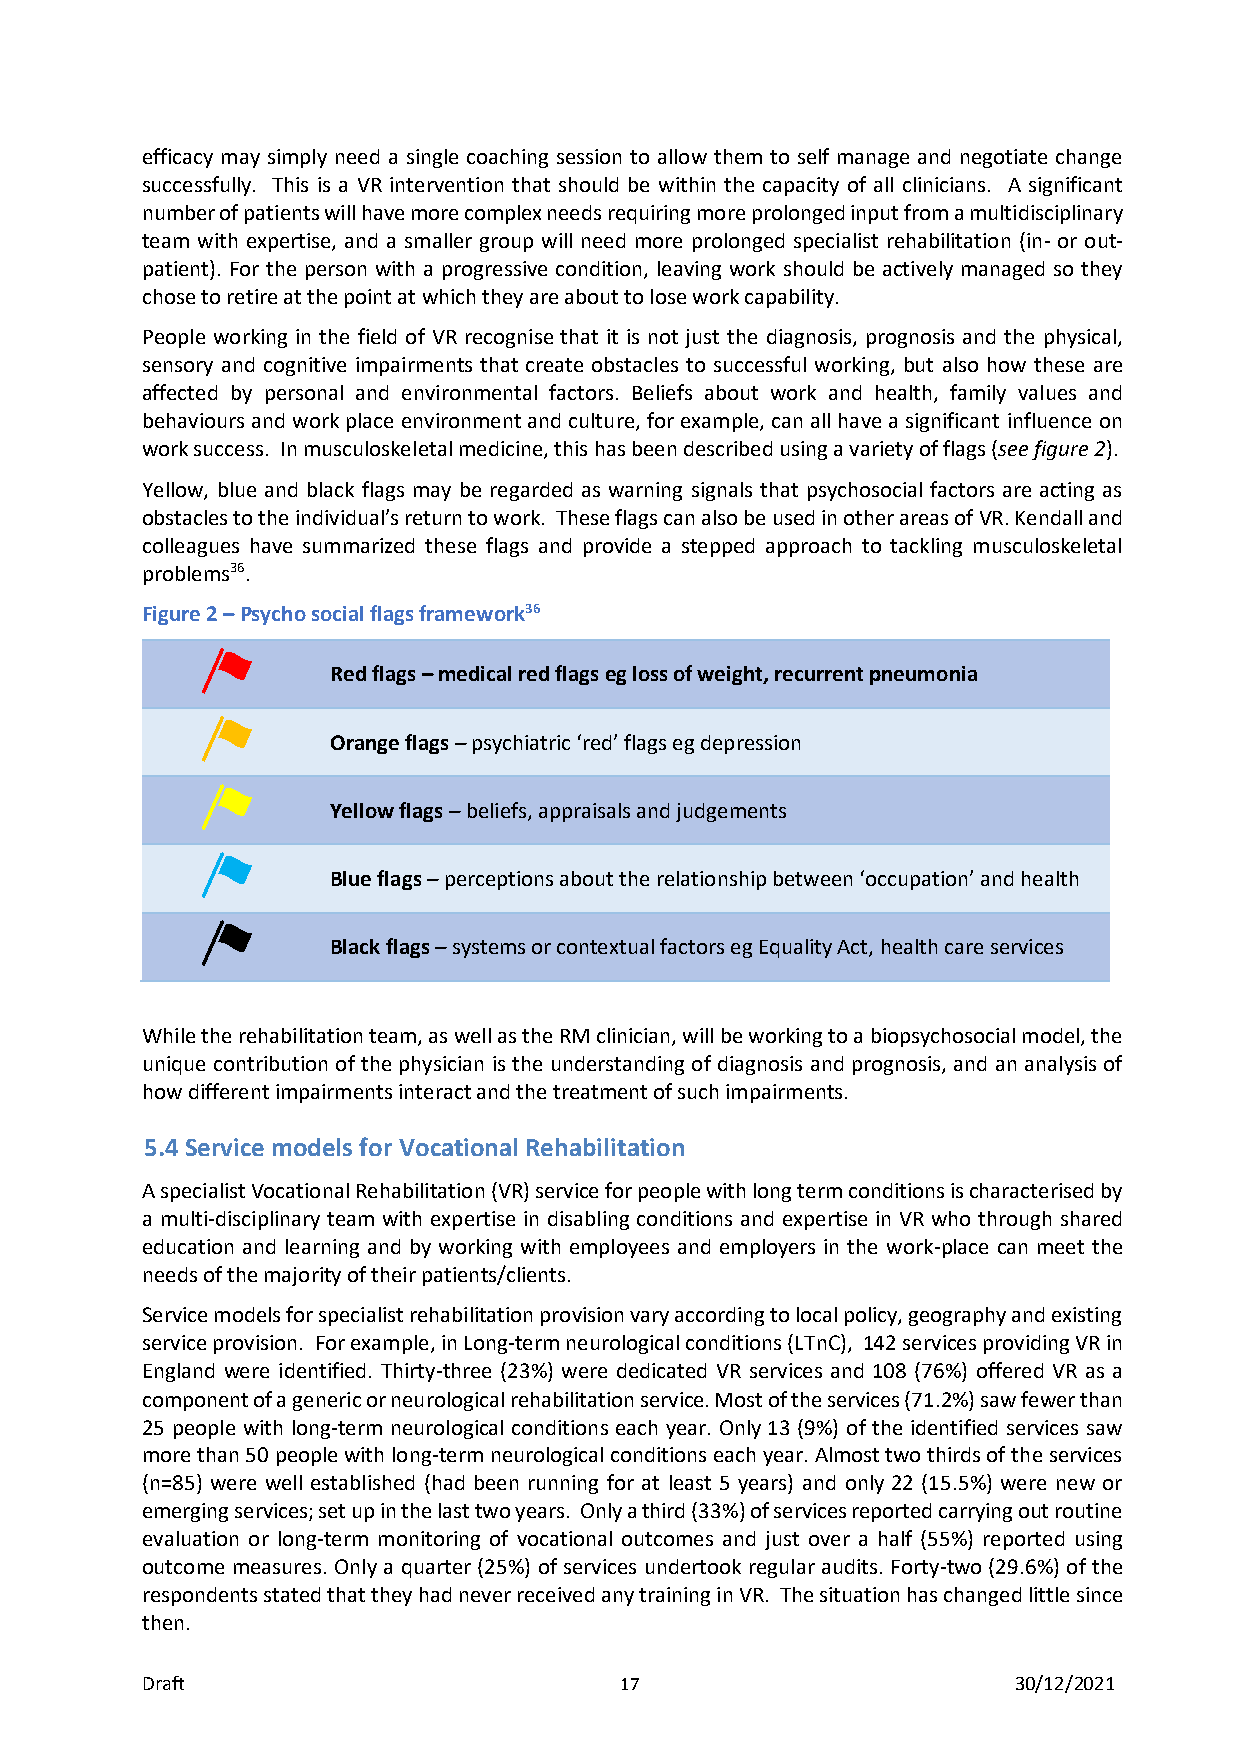
efficacy may simply need a single coaching session to allow them to self manage and negotiate change
 successfully. This is a VR intervention that should be within the capacity of all clinicians. A significant
 number of patients will have more complex needs requiring more prolonged input from a multidisciplinary
 team with expertise, and a smaller group will need more prolonged specialist rehabilitation (in- or out-
 patient). For the person with a progressive condition, leaving work should be actively managed so they
 chose to retire at the point at which they are about to lose work capability.
 People working in the field of VR recognise that it is not just the diagnosis, prognosis and the physical,
 sensory and cognitive impairments that create obstacles to successful working, but also how these are
 affected by personal and environmental factors. Beliefs about work and health, family values and
 behaviours and work place environment and culture, for example, can all have a significant influence on
 work success. In musculoskeletal medicine, this has been described using a variety of flags (see figure 2).
 Yellow, blue and black flags may be regarded as warning signals that psychosocial factors are acting as
 obstacles to the individual’s return to work. These flags can also be used in other areas of VR. Kendall and
 colleagues have summarized these flags and provide a stepped approach to tackling musculoskeletal
 problems36.
 Figure 2 – Psycho social flags framework36
 Red flags – medical red flags eg loss of weight, recurrent pneumonia
 Orange flags – psychiatric ‘red’ flags eg depression
 Yellow flags – beliefs, appraisals and judgements
 Blue flags – perceptions about the relationship between ‘occupation’ and health
 Black flags – systems or contextual factors eg Equality Act, health care services
 While the rehabilitation team, as well as the RM clinician, will be working to a biopsychosocial model, the
 unique contribution of the physician is the understanding of diagnosis and prognosis, and an analysis of
 how different impairments interact and the treatment of such impairments.
 5.4 Service models for Vocational Rehabilitation
 A specialist Vocational Rehabilitation (VR) service for people with long term conditions is characterised by
 a multi-disciplinary team with expertise in disabling conditions and expertise in VR who through shared
 education and learning and by working with employees and employers in the work-place can meet the
 needs of the majority of their patients/clients.
 Service models for specialist rehabilitation provision vary according to local policy, geography and existing
 service provision. For example, in Long-term neurological conditions (LTnC), 142 services providing VR in
 England were identified. Thirty-three (23%) were dedicated VR services and 108 (76%) offered VR as a
 component of a generic or neurological rehabilitation service. Most of the services (71.2%) saw fewer than
 25 people with long-term neurological conditions each year. Only 13 (9%) of the identified services saw
 more than 50 people with long-term neurological conditions each year. Almost two thirds of the services
 (n=85) were well established (had been running for at least 5 years) and only 22 (15.5%) were new or
 emerging services; set up in the last two years. Only a third (33%) of services reported carrying out routine
 evaluation or long-term monitoring of vocational outcomes and just over a half (55%) reported using
 outcome measures. Only a quarter (25%) of services undertook regular audits. Forty-two (29.6%) of the
 respondents stated that they had never received any training in VR. The situation has changed little since
 then.
 Draft                           17                        30/12/2021